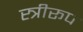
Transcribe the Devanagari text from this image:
स्त्रीरूप